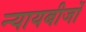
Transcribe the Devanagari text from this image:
न्यायबीजों